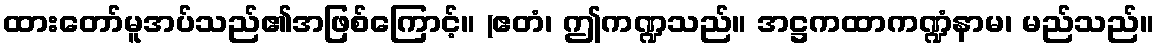
ထားတော်မူအပ်သည်၏အဖြစ်ကြောင့်။ (ဧတံ၊ ဤကဏ္ဍသည်။ အဋ္ဌကထာကဏ္ဍံနာမ၊ မည်သည်။